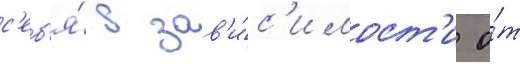
с'еб'я́ в зав'и́с'имост'и о́т